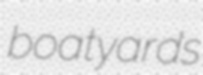
boatyards